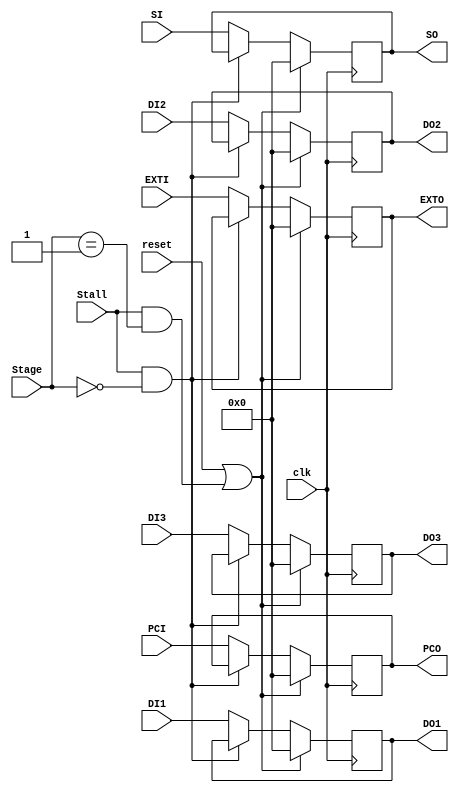
`timescale 1ns / 1ps
`define DStage 2'd0
`define EStage 2'd1
`define MStage 2'd2
`define WStage 2'd3
module PipR(
		input  clk,
		input  reset,
		input  Stall,
		input  [1:0]  Stage,
		input  [31:0] SI,
		input  [31:0] PCI,
		input  [31:0] DI1,
		input  [31:0] DI2,
		input  [31:0] DI3,
		input  [31:0] EXTI,
		output [31:0] SO,
		output [31:0] PCO,
		output [31:0] DO1,
		output [31:0] DO2,
		output [31:0] DO3,
		output [31:0] EXTO
	);
	reg [31:0] S,PC,D1,D2,D3,EXT;
	assign SO=S;
	assign PCO=PC;
	assign DO1=D1;
	assign DO2=D2;
	assign DO3=D3;
	assign EXTO=EXT;
	always @(posedge clk)
	begin
		if (reset || (Stall && (Stage==`EStage)))
		begin
			S<=0;
			PC<=0;
			D1<=0;
			D2<=0;
			D3<=0;
			EXT<=0;
		end
		else if (Stall && (Stage==`DStage))
		begin
			S<=S;
			PC<=PC;
			D1<=D1;
			D2<=D2;
			D3<=D3;
			EXT<=EXT;
		end
		else
		begin
			S<=SI;
			PC<=PCI;
			D1<=DI1;
			D2<=DI2;
			D3<=DI3;
			EXT<=EXTI;
		end
	end
endmodule